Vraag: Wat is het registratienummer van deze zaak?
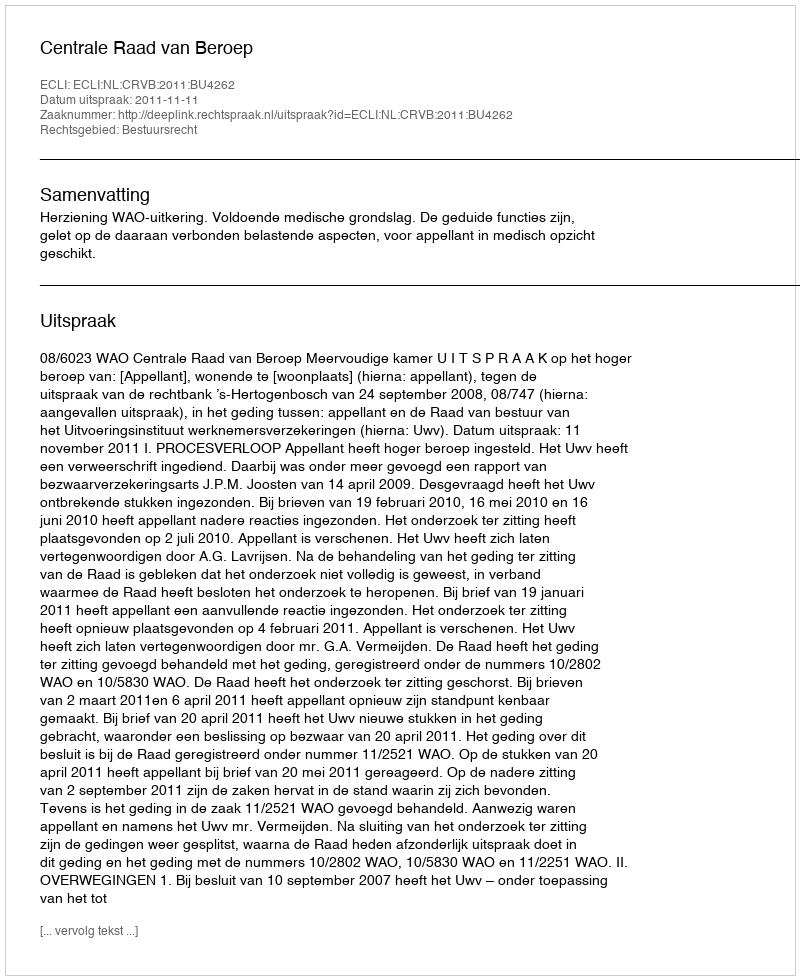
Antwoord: http://deeplink.rechtspraak.nl/uitspraak?id=ECLI:NL:CRVB:2011:BU4262